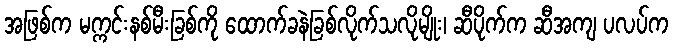
အဖြစ်က မက္ကင်းနစ်မီးခြစ်ကို ထောက်ခနဲခြစ်လိုက်သလိုမျိုး၊ ဆီပိုက်က ဆီအကျ ပလပ်က